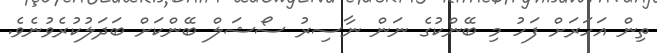
ތިން އަހަރަށް ފަހު މި ބޭންކުގެ ނަން ނާސިރު ސޯޝަލް ބޭންކަށް ބަދަލުކުރެވުނެވެ.